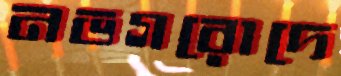
নভগরোদে